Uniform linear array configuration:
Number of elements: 32
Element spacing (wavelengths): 0.25
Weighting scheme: cosine
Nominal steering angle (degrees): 45
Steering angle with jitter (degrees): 46.903
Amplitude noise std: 0.05
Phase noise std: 0.05

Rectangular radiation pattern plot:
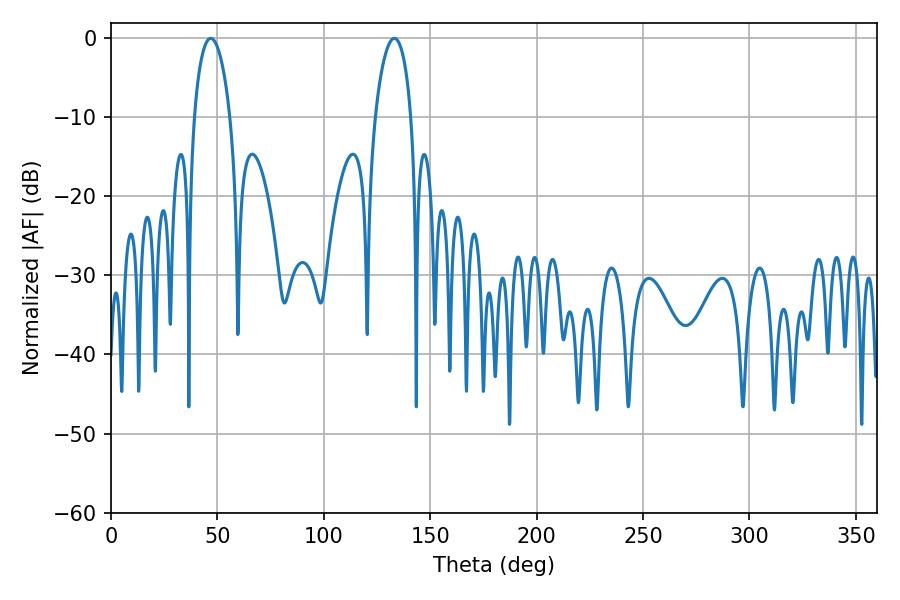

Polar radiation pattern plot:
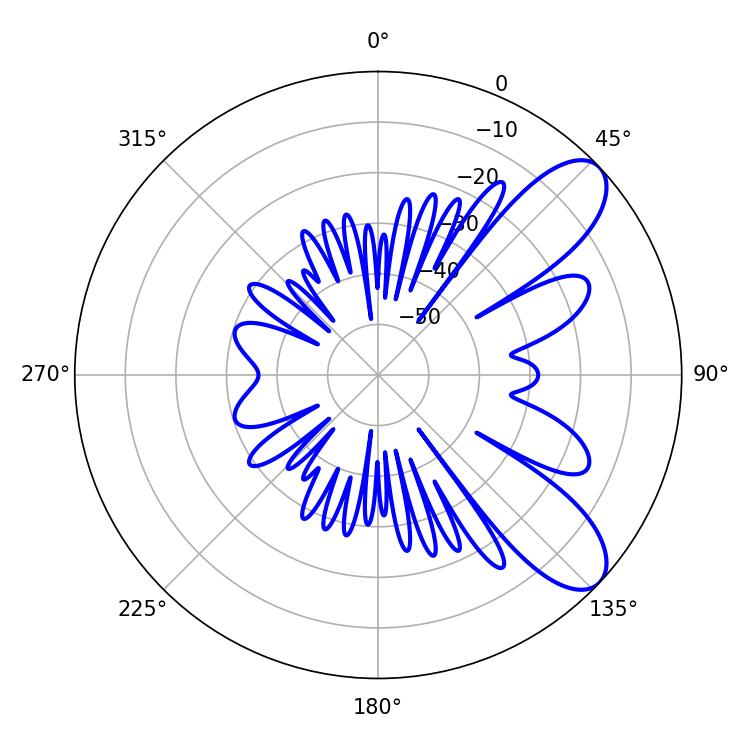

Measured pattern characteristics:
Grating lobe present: FALSE
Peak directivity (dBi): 8.693
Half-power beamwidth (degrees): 9.54
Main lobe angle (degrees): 46.8